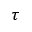
\tau